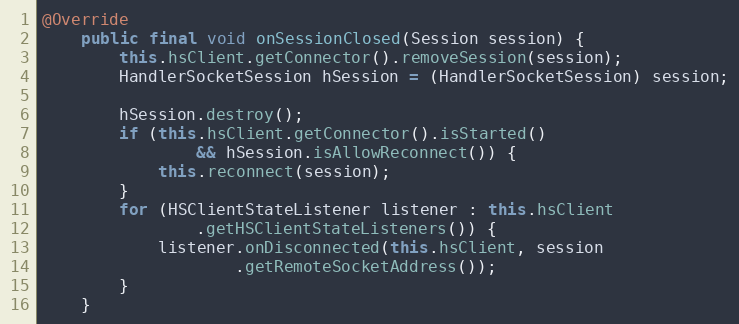
Language: Java
@Override
	public final void onSessionClosed(Session session) {
		this.hsClient.getConnector().removeSession(session);
		HandlerSocketSession hSession = (HandlerSocketSession) session;

		hSession.destroy();
		if (this.hsClient.getConnector().isStarted()
				&& hSession.isAllowReconnect()) {
			this.reconnect(session);
		}
		for (HSClientStateListener listener : this.hsClient
				.getHSClientStateListeners()) {
			listener.onDisconnected(this.hsClient, session
					.getRemoteSocketAddress());
		}
	}